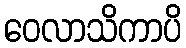
ဝေလာသိကာပိ